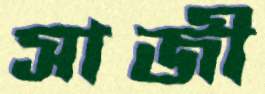
সাজী